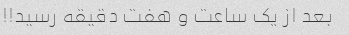
بعد از یک ساعت و هفت دقیقه رسید!!!